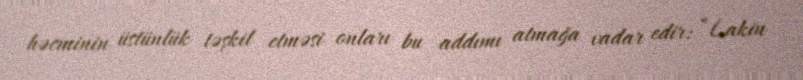
həcminin üstünlük təşkil etməsi onları bu addımı atmağa vadar edir: “Lakin